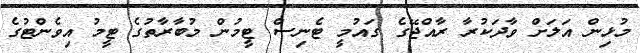
މުޅިން އަލަށް ވާދަކުރާ ރާއްޖޭގެ ގައުމީ ޓެނިސް ޓީމުން މުބާރާތުގެ ޓީމު އިވެންޓުގެ